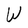
Character: W